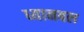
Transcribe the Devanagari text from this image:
ध्यानबल